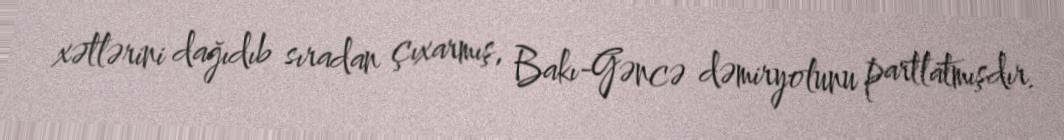
xətlərini dağıdıb sıradan çıxarmış, Bakı-Gəncə dəmiryolunu partlatmışdır.